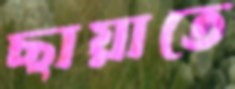
ছায়াতে